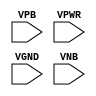
module sky130_fd_sc_ls__decap (
    //# {{power|Power}}
    input VPB ,
    input VPWR,
    input VGND,
    input VNB
);
endmodule